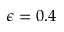
\epsilon = 0 . 4